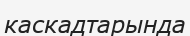
каскадтарында